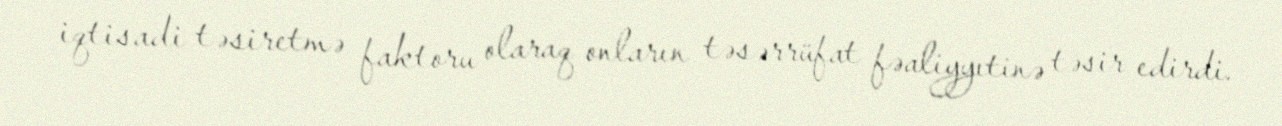
iqtisadi təsiretmə faktoru olaraq onların təsərrüfat fəaliyyıtinə təsir edirdi.